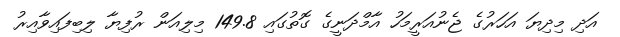
އަދި މިދިޔަ އަހަރުގެ ޖެނުއަރީމަހު އާމްދަނީގެ ގޮތުގައި 149.8 މިލިއަން ރުފިޔާ ލިބިފައިވާއިރު